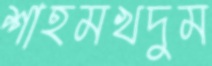
শাহমখদুম